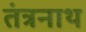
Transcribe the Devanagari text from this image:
तंंत्रनाथ